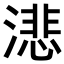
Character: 𬈺